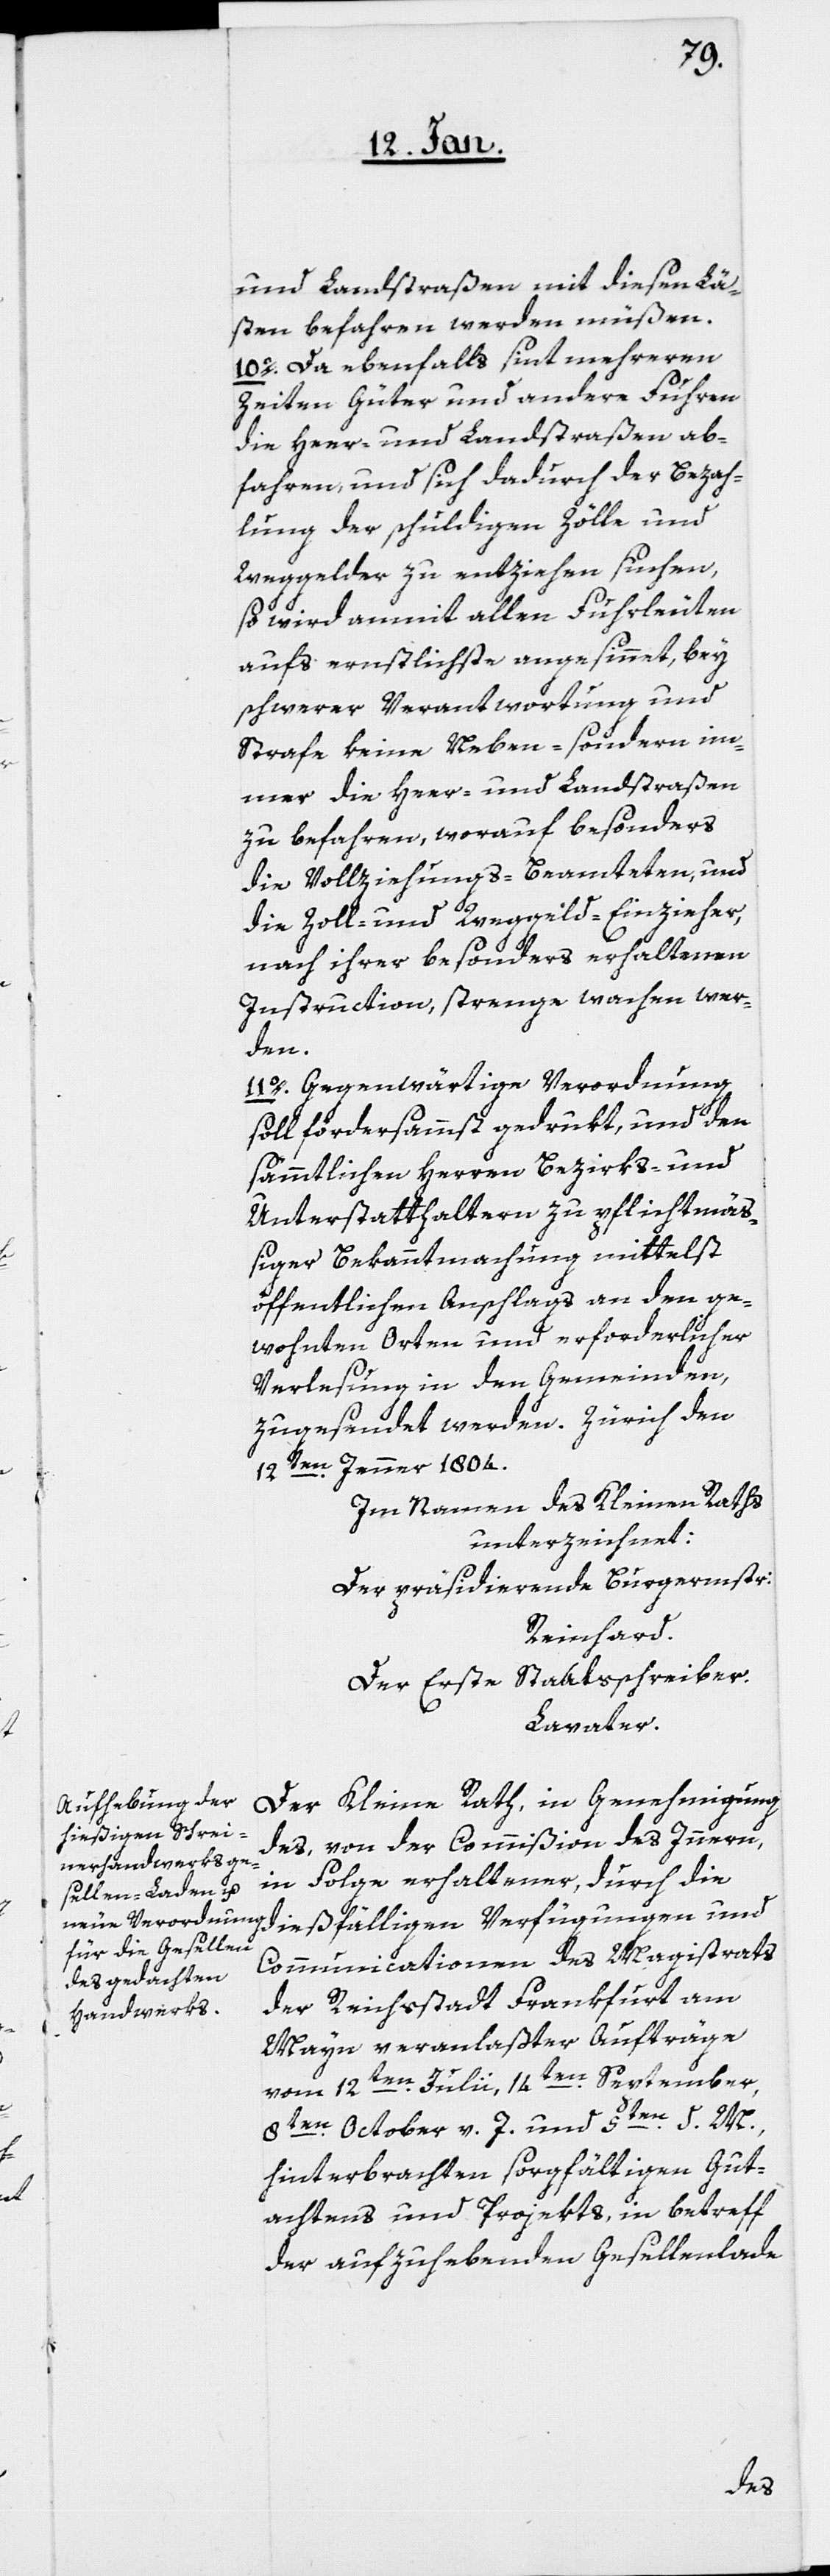
und Landstraßen mit diesen Lä¬
sten befahren werden müßen.
10o. Da ebenfalls sint mehreren
Zeiten Güter und andere Fuhren
die Heer- und Landstraßen ab¬
fahren und sich dadurch der Bezah¬
lung der schuldigen Zölle und
Weggelder zu entziehen suchen,
so wird anmit allen Fuhrleuten
aufs ernstlichste angesinnt, bey
schwerer Verantwortung und
Strafe keine Neben- sondern im¬
mer die Heer- und Landstraßen
zu befahren, worauf besonders
die Vollziehungs-Beamteten und
die Zoll- und Weggeld-Einzieher,
nach ihrer besonders erhaltenen
Instruction, strenge wachen wer¬
den
11o. Gegenwärtige Verordnung
soll fürdersammst gedrukt, und den
sämmtlichen Herren Bezirks- und
Unterstatthaltern zu pflichtmä¬
ßiger Bekanntmachung mittelst
öffentlichen Anschlags an den ge¬
wohnten Orten und erforderlicher
Verlesung in den Gemeinden,
12ten. Jenner 1804.
Im Namen des Kleinen Raths
unterzeichnet:
Der präsidierende Burgermeister:
Reinhard.
Der Erste Staatsschreiber.
Lavater.
Der Kleine Rath, in Genehmigung
des, von der Commißion des Innern,
in Folge erhaltener, durch die
Communicationen des Magistrats
der Reichsstadt Frankfurt am
Mayn veranlaßter Aufträge
vom 12ten Julii, 14ten September,
8ten. October v. J. und 5ten d. M.,
hinterbrachten sorgfältigen Gut¬
achtens und Projekts, in betreff
der aufzuhebenden Gesellenlade